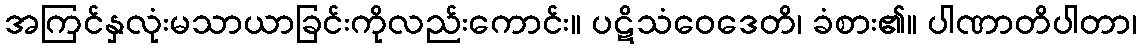
အကြင်နှလုံးမသာယာခြင်းကိုလည်းကောင်း။ ပဋိသံဝေဒေတိ၊ ခံစား၏။ ပါဏာတိပါတာ၊